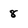
Character: 8